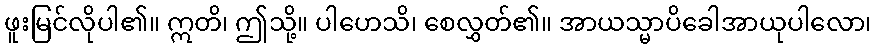
ဖူးမြင်လိုပါ၏။ ဣတိ၊ ဤသို့။ ပါဟေသိ၊ စေလွှတ်၏။ အာယသ္မာပိခေါအာယုပါလော၊